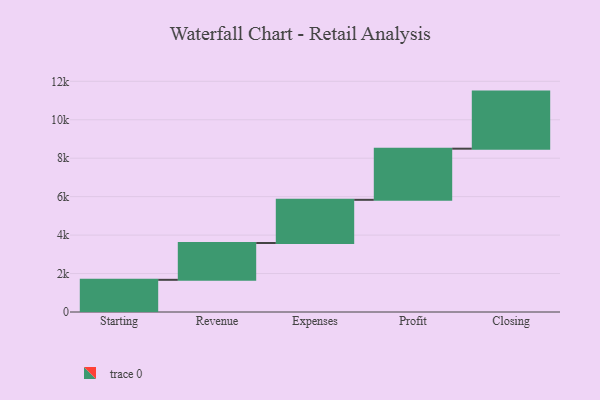
{"axis": {"x": "Step", "y": "Value"}, "legend": [""], "data": [{"x": "Starting", "y": 1674.0, "type": ""}, {"x": "Revenue", "y": 1914.0, "type": ""}, {"x": "Expenses", "y": 2247.0, "type": ""}, {"x": "Profit", "y": 2660.0, "type": ""}, {"x": "Closing", "y": 2969.0, "type": ""}]}